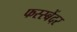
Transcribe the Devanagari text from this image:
फस्स्बेंदर